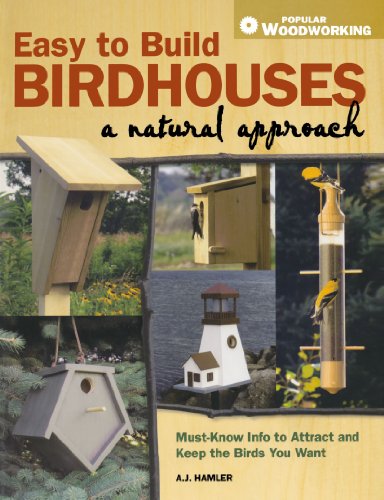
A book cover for Easy to Build Birdhouses - A Natural Approach: Must Know Info to Attract and Keep the Birds You Want (Popular Woodworking); A.J. Hamler; Sports & Outdoors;